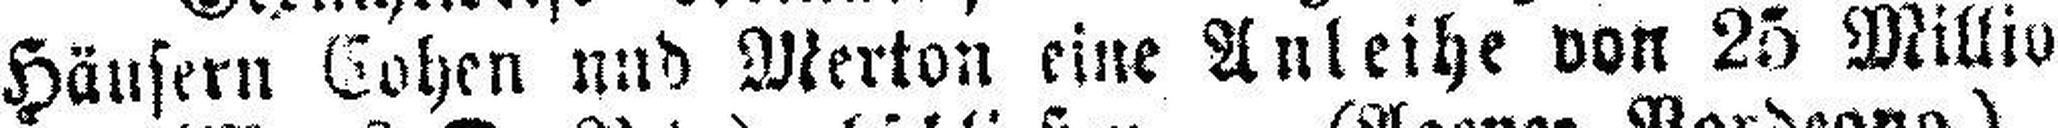
Häusern Cohen und Merton eine Anleihe von 25 Millio